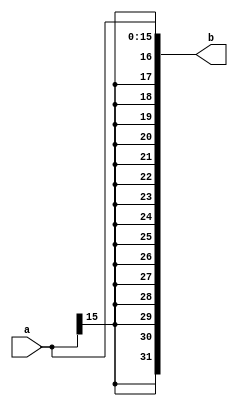
module signext #(parameter WIDTH = 16, extWIDTH = 32)(a, b);
    input[WIDTH - 1:0] a;
    
    output[extWIDTH - 1:0] b;

    assign b = {{extWIDTH - WIDTH{a[WIDTH - 1]}}, a};

endmodule